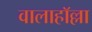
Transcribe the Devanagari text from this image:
वालाहाॅल्ला